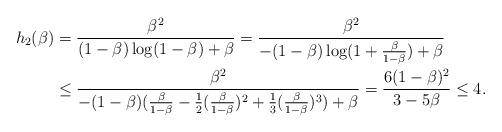
LaTeX: \begin{align*}h_2(\beta) & = \frac{\beta^2}{(1-\beta) \log (1-\beta) + \beta} = \frac{\beta^2}{-(1-\beta) \log (1 + \frac{\beta}{1-\beta}) + \beta} \\& \le \frac{\beta^2}{-(1-\beta)(\frac{\beta}{1-\beta} - \frac{1}{2}(\frac{\beta}{1-\beta})^2 + \frac{1}{3}(\frac{\beta}{1-\beta})^3) + \beta} = \frac{6(1-\beta)^2}{3 - 5\beta} \le 4.\end{align*}